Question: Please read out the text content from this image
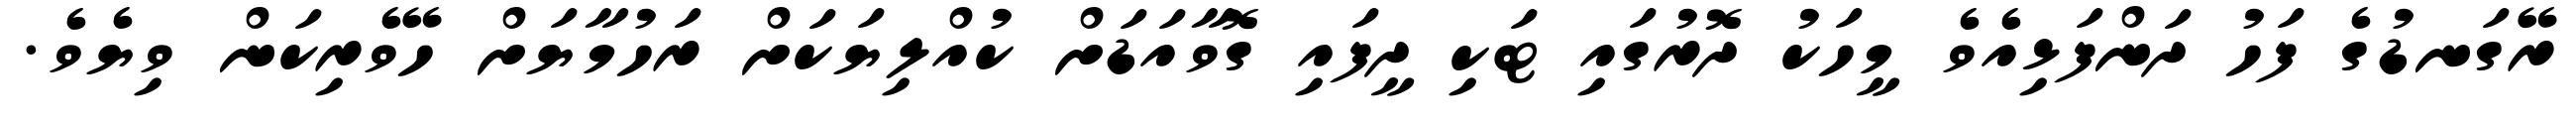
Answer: ރޭގަނޑުގެ ފަހު ދަންފަޅިއެވެ މީހަކު ދޮރުގައި ޓަކި ދީފައި ގޮވާއަޑަށް ކުއްލިޔަކަށް ރަހުމާޔަށް ހޭވެރިކަން ވިޔެވެ.